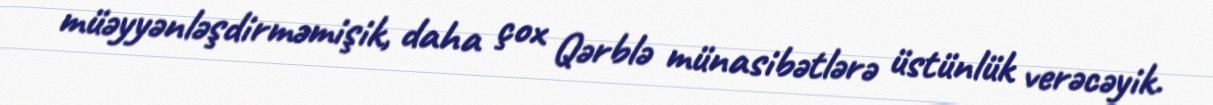
müəyyənləşdirməmişik, daha çox Qərblə münasibətlərə üstünlük verəcəyik.